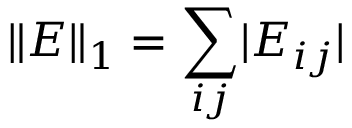
\Vert E \Vert _ { 1 } = \sum _ { i j } \lvert E _ { i j } \rvert